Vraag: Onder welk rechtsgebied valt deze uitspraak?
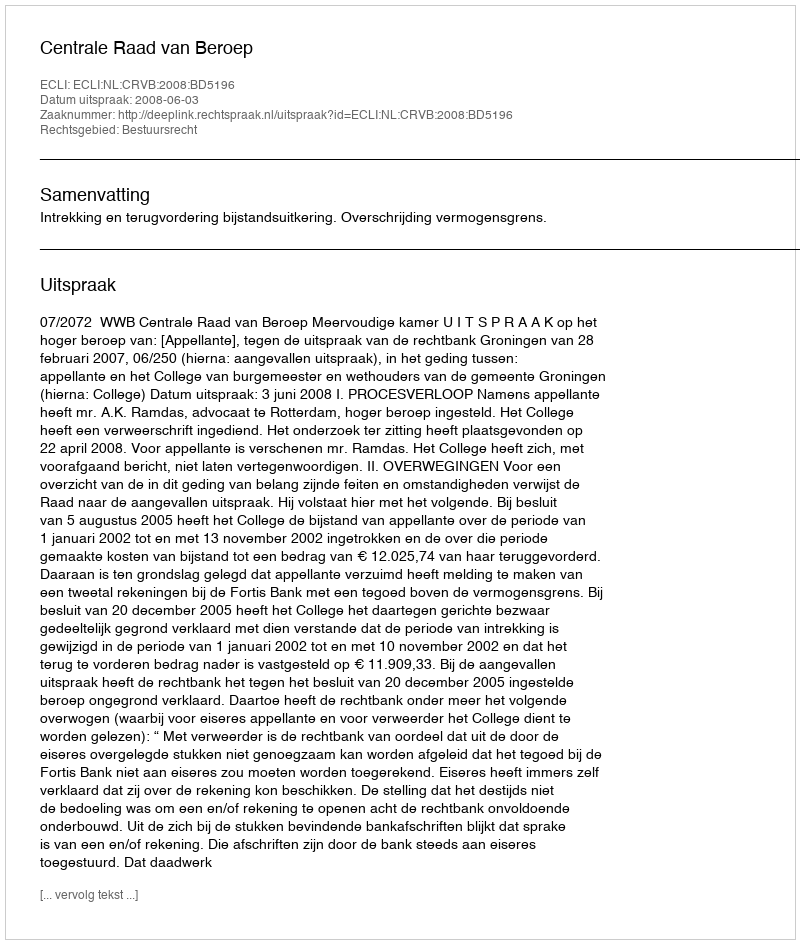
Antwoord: Bestuursrecht